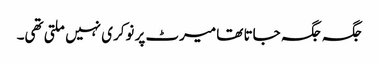
جگہ جگہ جاتا تھا میرٹ پر نوکری نہیں ملتی تھی۔